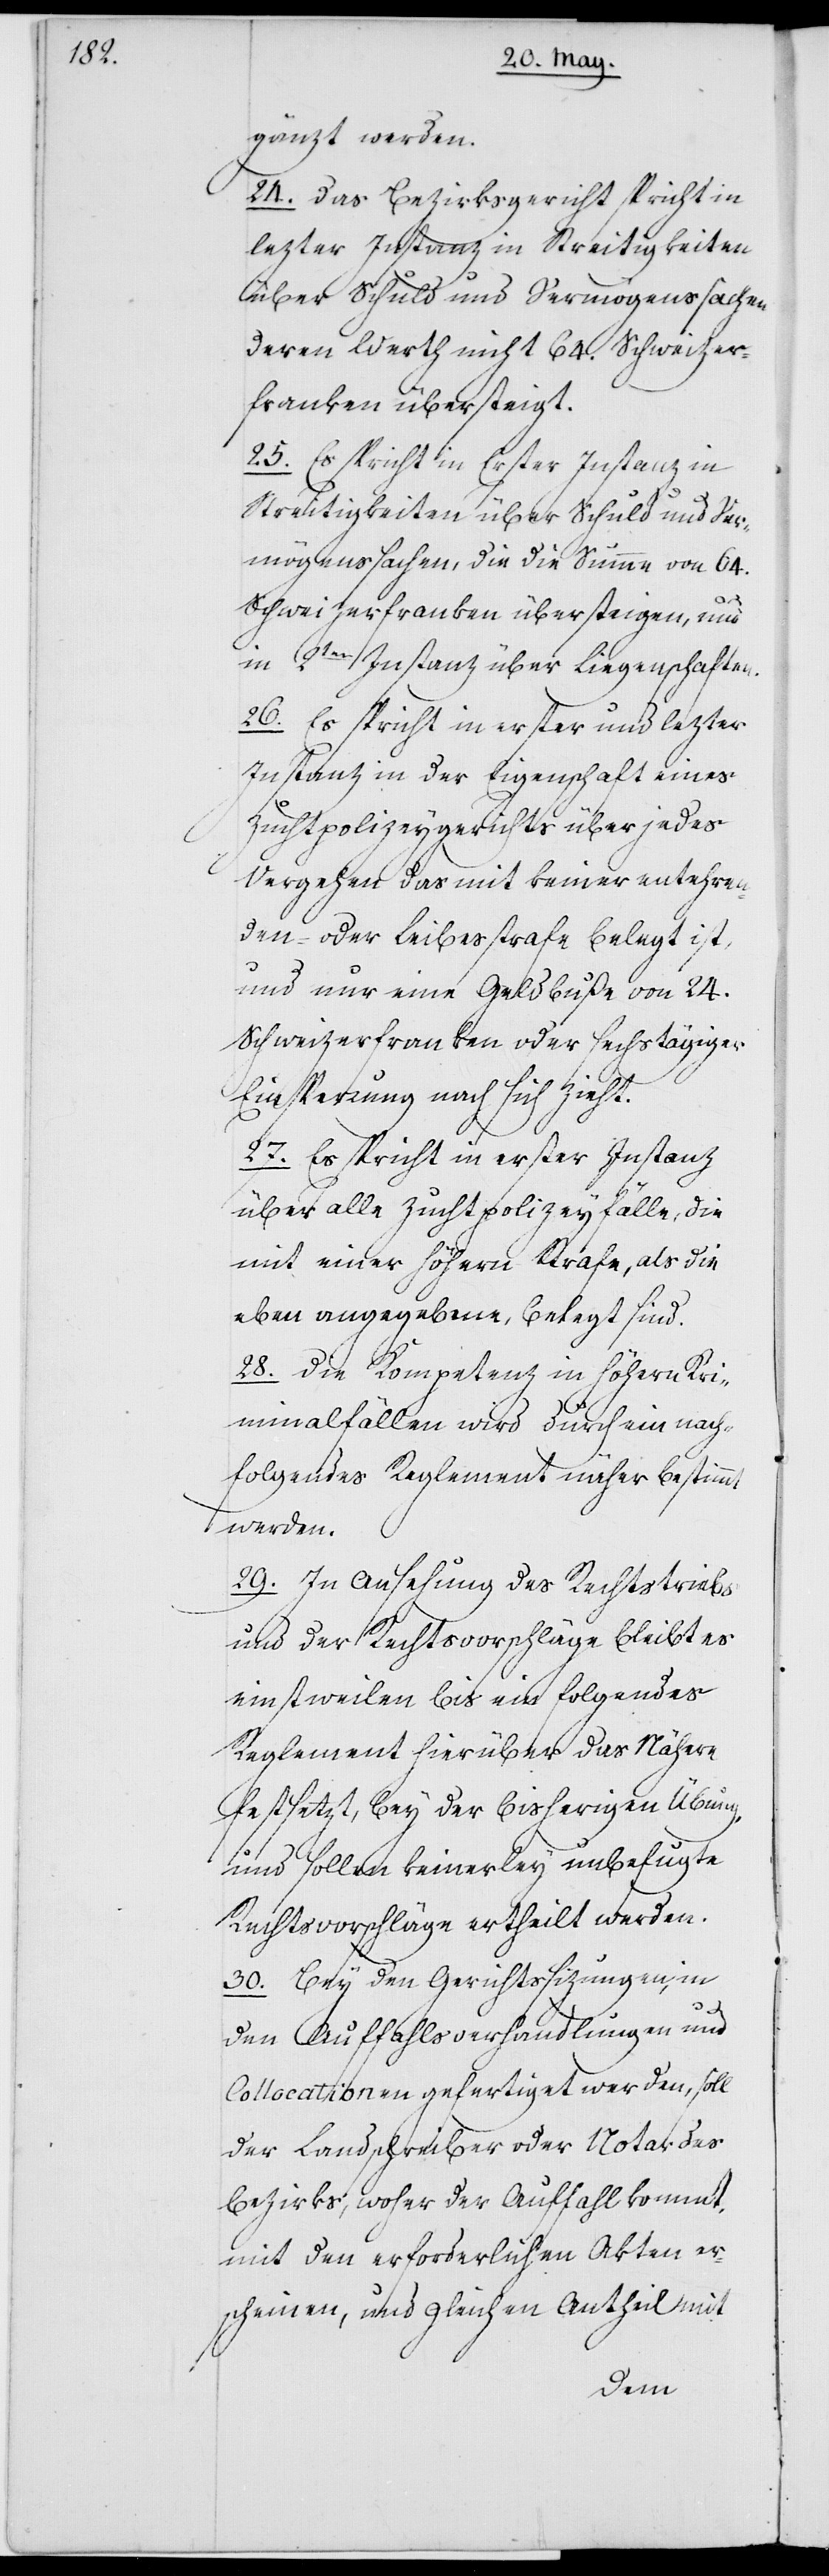
gänzt werden.
24. Das Bezirksgericht spricht in
letzter Instanz in Streitigkeiten
über Schuld und Vermögenssachen,
deren Werth nicht 64. Schweizer¬
franken übersteigt.
25. Es spricht in Erster Instanz in
Streitigkeiten über Schuld und Ver¬
mögenssachen, die die Summe von 64.
Schweizerfranken übersteigen, und
2ter Instanz über Liegenschaften.
26. Es spricht in erster und lezter
Instanz in der Eigenschaft eines
Zuchtpolizeygerichts über jedes
Vergehen das mit keiner entehren¬
den oder Leibesstrafe belegt ist,
und nur eine Geldbuße von 24.
Schweizerfranken oder sechstägiger
Einsperrung nach sich zieht.
27. Es spricht in erster Instanz
über alle Zuchtpolizeyfälle, die
mit einer höhern Strafe, als die
eben angegebene, belegt sind.
28. Die Kompetenz in höhern Kri¬
minalfällen wird durch ein nach¬
folgendes Reglement näher bestimm¬
t werden.
29. In Ansehung des Rechtstriebs
und der Rechtsvorschläge bleibt es
einstweilen bis ein folgendes
Reglement hierüber das Nähere
festsetzt, bey der bisherigen Übung,
und sollen keinerley unbefugte
Rechtsvorschläge ertheilt werden.
30. Bey den Gerichtssizungen, in
den[en] Auffahlsverhandlungen und
Collocationen gefertiget werden, soll
der Landschreiber oder Notar des
Bezirks, woher der Auffahl kommt,
mit den erforderlichen Akten er¬
scheinen, und gleichen Antheil mit